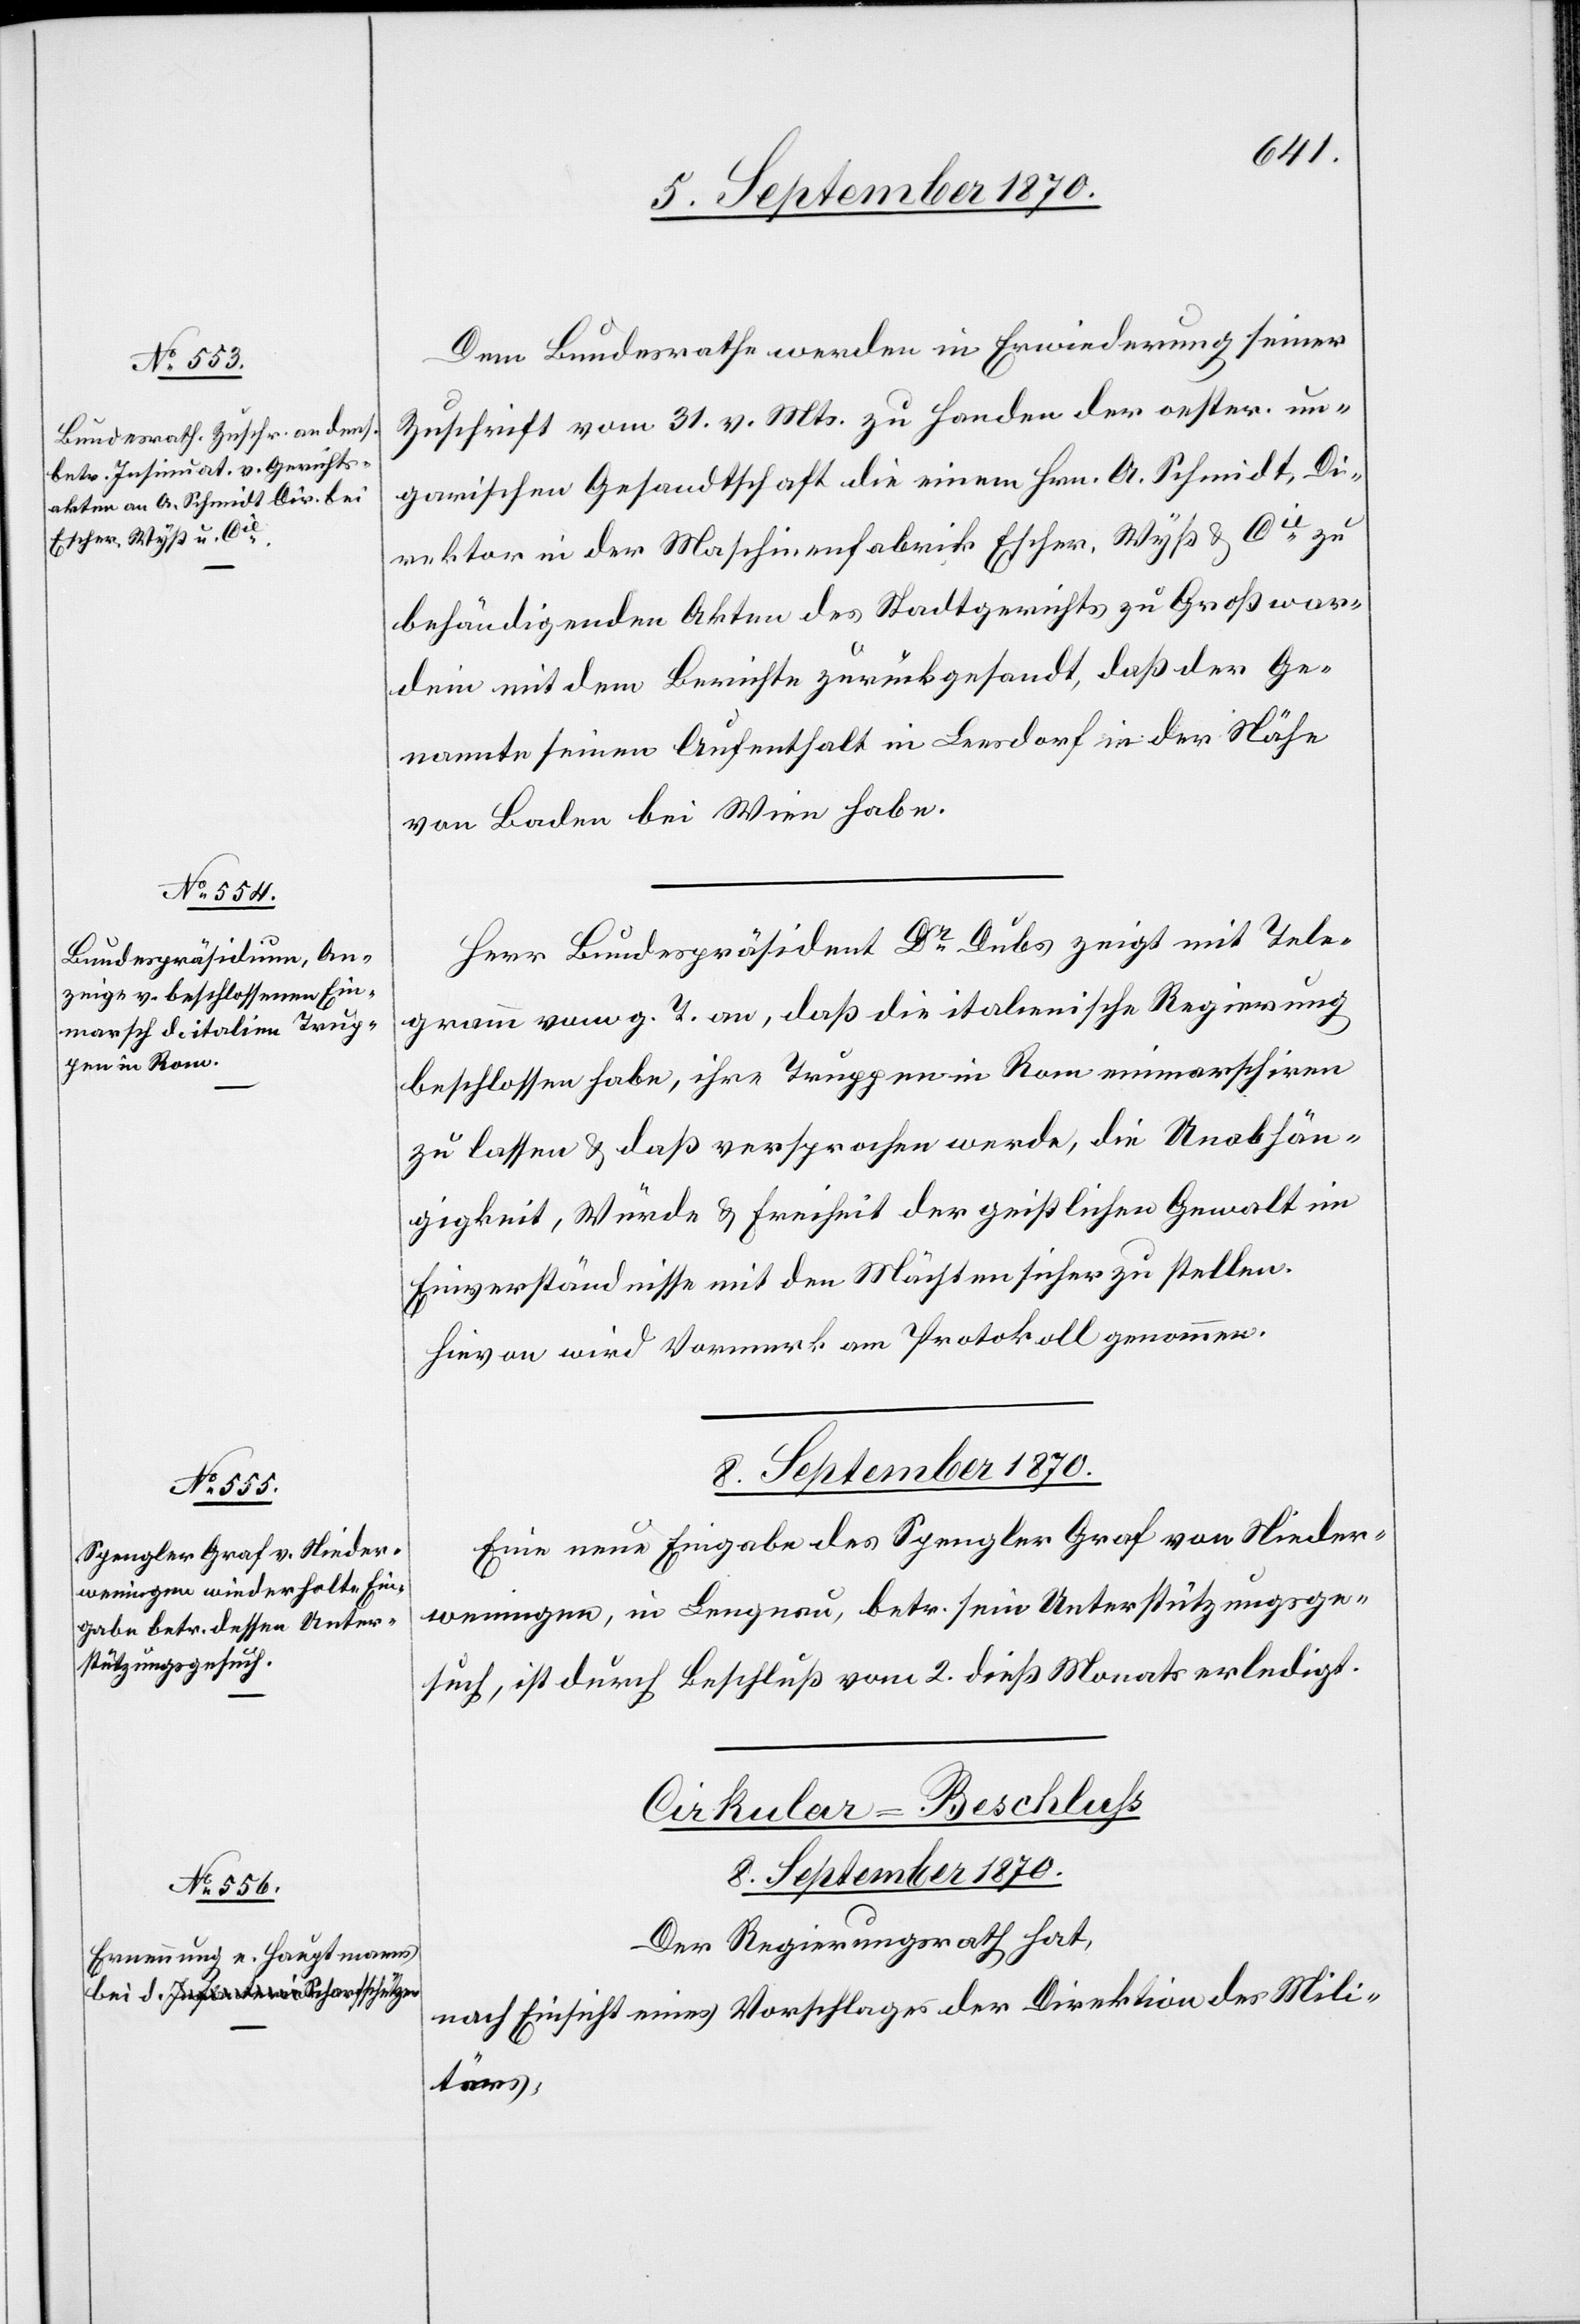
Dem Bundesrathe werden in Erwiederung seiner
Zuschrift vom 31. v. Mts. zu Handen der oesterr. un¬
garischen Gesandtschaft die einem Hrn. A. Schmidt, Di¬
rektor in der Maschinenfabrik Escher, Wyß & Cie zu
behändigenden Akten des Stadtgerichtes zu Großwar¬
dein mit dem Berichte zurückgesandt, daß der Ge¬
nannte seinen Aufenthalt in Leesdorf in der Nähe
von Baden bei Wien habe.
Herr Bundespräsident Dr Dubs zeigt mit Tele¬
gramm vom g. T. an, daß die italienische Regierung
beschlossen habe, ihre Truppen in Rom einmarschieren
zu lassen & daß versprochen werde, die Unabhän¬
gigkeit, Würde & Freiheit der geistlichen Gewalt im
Einverständnisse mit den Mächtigen zu stellen.
Hievon wird Vormerk am Protokoll genommen.
8. September 1870.
Eine neue Eingabe des Spengler Graf von Nieder¬
weningen, in Lengnau, betr. sein Unterstützungsge¬
such, ist durch Beschluß vom 2. dieß Monats [sic!] erledigt.
Cirkular-Beschluss
Der Regierungsrath hat,
nach Einsicht eines Vorschlages der Direktion des Mili¬
tärs,